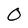
Character: 0